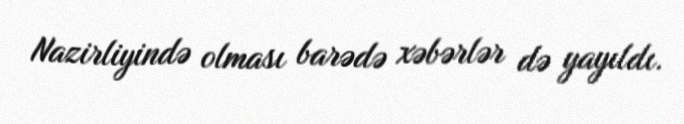
Nazirliyində olması barədə xəbərlər də yayıldı.